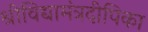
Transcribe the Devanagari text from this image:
श्रीविद्यामंत्रदीपिका